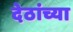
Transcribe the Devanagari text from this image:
देठांच्या